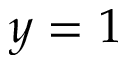
y = 1